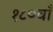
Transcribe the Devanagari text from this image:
१८०वाँ